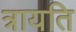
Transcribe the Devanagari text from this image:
त्रायति